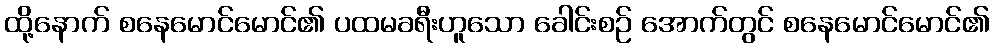
ထို့နောက် စနေမောင်မောင်၏ ပထမခရီးဟူသော ခေါင်းစဉ် အောက်တွင် စနေမောင်မောင်၏